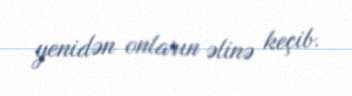
yenidən onların əlinə keçib.